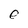
Character: e